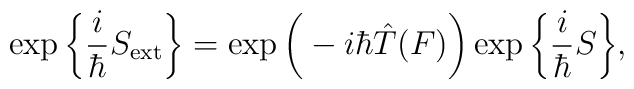
\exp\bigg\{\frac{i}{\hbar}S_{\rm ext}\bigg\}=\exp\bigg(-i\hbar \hat{T}(F)\bigg)\exp\bigg\{\frac{i}{\hbar}S\bigg\},